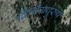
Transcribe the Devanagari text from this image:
द्वितीयपुरुष